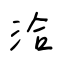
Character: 洽